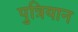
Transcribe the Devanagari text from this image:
पुत्रियान